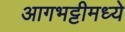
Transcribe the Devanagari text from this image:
आगभट्टीमध्ये